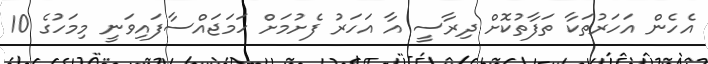
އެހެން އަހަރުތަކާ ތަފާތުކޮށް ދިރާސީ އާ އަހަރު ފެށުމަށް ހަމަޖައްސާފައިވަނީ މިމަހުގެ 10